Lunatic asylums in Bengal annual reports 1888-1898 - 1888-1898
Year: 1888
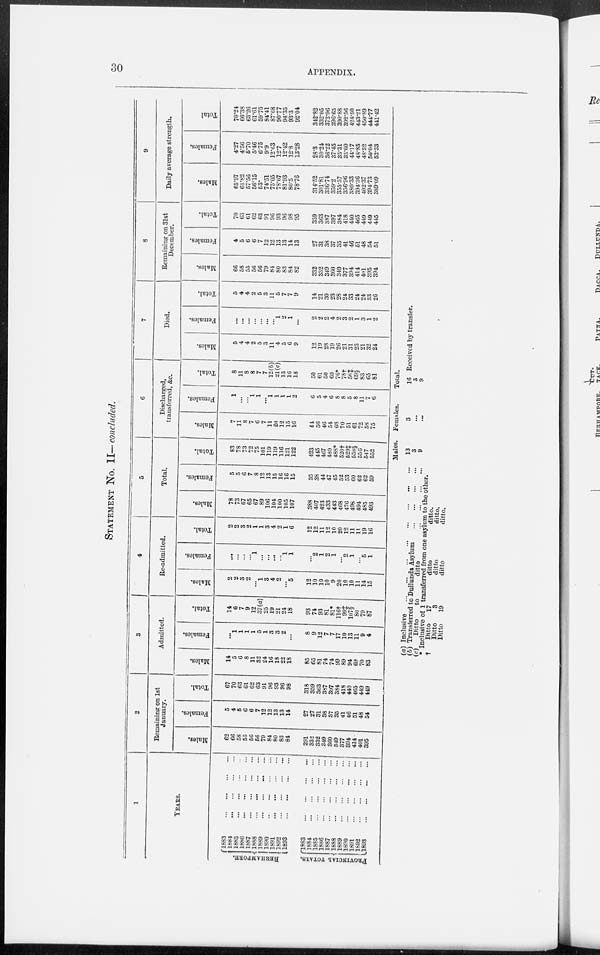
30 APPENDIX.
STATEMENT No. II—concluded.
1
YEARS.
BERHAMPORE.
PROVINCIAL TOTALS.
l883
...
...
...
...
1884
...
...
...
...
1885 ... ... ... ...
1886 ... ... ... ...
1887
...
...
...
...
1888
...
...
...
...
1889 ... ... ... ...
1890
...
...
...
...
1891
...
...
...
...
1892
...
...
...
...
1893
...
...
...
...
1883
...
...
...
...
1884
...
...
...
...
1885
...
...
...
...
1886
...
...
...
...
1887
...
...
...
...
1888
...
...
...
...
1889
...
...
...
...
1890
...
...
...
...
1891
...
...
...
...
1892
...
...
...
...
1893
...
...
...
...
2
Remaining on 1st
January.
Males.
62
66
58
55
56
56
79
84
80
83
84
291
332
332
349
360
349
377
394
414
401
395
Females.
5
4
5
6
6
7
12
12
13
13
14
27
27
31
38
37
35
41
46
51
48
54
Total.
67
70
63
61
62
63
91
96
93
96
98
318
359
363
387
397
384
418
440
465
449
449
3
Admitted.
Males.
14
5
6
8
11
32
24
16
18
22
18
85
65
81
74
74
99
89
94
69
70
83
Females.
...
1
1
1
1
5
1
3
3
2
...
8
9
12
7
7
17
10
13
11
9
4
Total.
14
6
7
9
12
37(a)
25
19
21
24
18
93
74
93
81
81*
116†
99‡
107§
80
79
87
4
Re-admitted.
Males.
2
2
3
2
...
1
3
4
2
...
5
12
10
10
10
9
20
10
10
11
14
15
Females.
...
...
...
...
1
...
...
...
...
1
1
...
2
1
2
1
...
2
1
...
5
1
Total.
2
2
3
2
1
1
3
4
2
1
6
12
12
11
12
10
20
12
11
11
19
16
5
Total.
Males.
78
73
67
65
67
89
106
104
100
105
107
388
407
423
433
443
468
476
498
494
485
493
Females.
5
5
6
7
8
12
13
15
16
16
15
35
38
44
47
45
52
53
60
62
62
59
Total.
83
78
73
72
75
101
119
119
116
121
122
423
445
467
480
488*
520†
529‡
558§
556
547
552
6
Discharged,
transferred, &c.
Males.
7
11
8
7
6
7
11
20
12
15
16
44
56
46
54
68
70
51
61
72
58
75
Females.
1
...
...
1
1
...
1
1
1
1
2
6
5
4
6
8
8
5
8
11
7
6
Total.
8
11
8
8
7
7
12(b)
21(c)
13
16
18
50
61
50
60
76*
78†
56‡
69§
83
65
81
7
Died.
Males.
5
4
4
2
5
3
11
4
5
6
9
12
19
28
19
26
21
31
23
21
32
24
Females.
...
...
...
...
...
...
...
1
2
1
...
2
2
2
4
2
3
2
1
3
1
2
Total.
5
4
4
2
5
3
11
5
7
7
9
14
21
30
23
28
24
33
24
24
33
26
8
Remaining on 31st
December.
Males.
66
58
55
56
56
79
84
80
83
84
82
332
332
349
360
349
377
394
414
401
395
394
Females.
4
5
6
6
7
12
12
13
13
14
13
27
31
38
37
35
41
46
51
48
54
51
Total.
70
63
61
62
63
91
96
93
96
98
95
359
363
387
397
384
418
440
465
449
449
445
9
Daily average strength.
Males.
65.97
61.82
57.56
56.15
53.
74.51
75.05
78.07
81.93
80.5
78.76
314.52
301.81
336.74
359.2
355.57
356.96
880.33
394.36
402.37
394.73
389.09
Females.
4.27
4.56
5.70
5.46
6.75
9.9
12.63
12.7
12.42
12.8
13.28
28.3
30.24
36.22
37.45
35.31
35.60
44.17
48.85
48.52
50.04
52.33
Total.
70.24
66.38
63.26
61.61
59.75
84.4l
87.68
90.77
94.35
93.3
92.04
342.82
332.05
372.96
396.65
390.88
392.56
424.50
443.21
450.89
444.77
441.42
(a) Inclusive
...
...
...
...
...
...
...
...
(b) Transferred to Dullunda Asylum
...
...
...
...
(c)
Ditto
to
ditto
...
...
...
...
Males.
13
3
9
Females.
3
...
...
Total.
16
3
9
Received by transfer.
*
†
inclusive of l transferred from one asylum to the other.
Ditto
17
ditto
ditto.
Ditto
3
ditto
ditto.
Ditto
19
ditto
ditto.